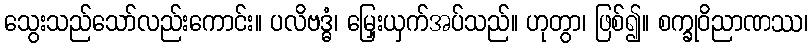
သွေးသည်သော်လည်းကောင်း။ ပလိဗဒ္ဓံ၊ မြှေးယှက်အပ်သည်။ ဟုတွာ၊ ဖြစ်၍။ စက္ခုဝိညာဏဿ၊